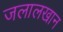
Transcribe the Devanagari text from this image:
जलालखान